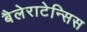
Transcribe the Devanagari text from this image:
बैलेराटेन्सिस